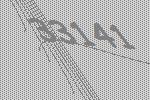
33141